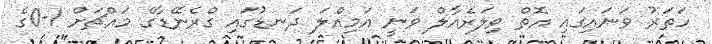
ހަތަރު ވަނައިގައި އޮތް ވިލަރެއާލް ވަނީ އަމިއްލަ ދަނޑުގައި ގްރެނޭޑާގެ މައްޗަށް 1-0ގެ